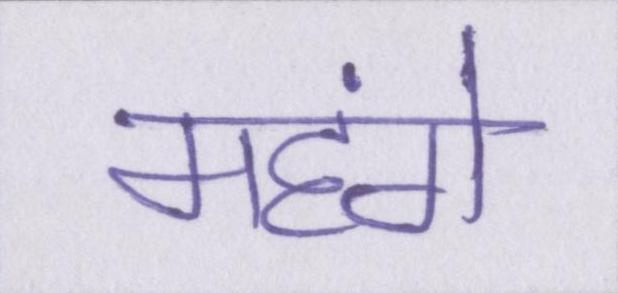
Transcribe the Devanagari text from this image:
महंगे